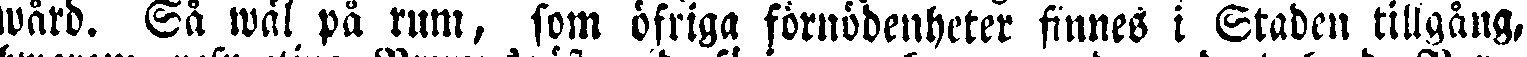
wärd. Så wäl på rum, som öfriga förnödenheter finnes i Staden tillgång,